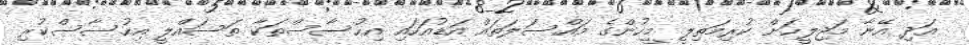
އަދި އޭނާ މަޖިލީހަށް ކުރިމަތިލީ މީހުންގެ މައްސަލަތައް އަޑުއަހައި އިހުސާސްތަކާ ތަސައްލީ އިހުސާސްކުރި